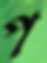
প